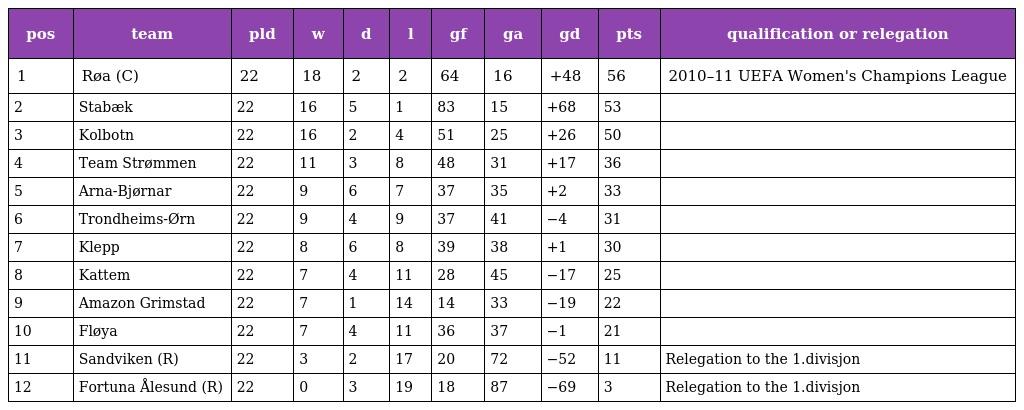
| pos | team | pld | w | d | l | gf | ga | gd | pts | qualification or relegation |
 | --- | --- | --- | --- | --- | --- | --- | --- | --- | --- | --- |
 | 1 | Røa (C) | 22 | 18 | 2 | 2 | 64 | 16 | +48 | 56 | 2010–11 UEFA Women's Champions League |
 | 2 | Stabæk | 22 | 16 | 5 | 1 | 83 | 15 | +68 | 53 |  |
 | 3 | Kolbotn | 22 | 16 | 2 | 4 | 51 | 25 | +26 | 50 |  |
 | 4 | Team Strømmen | 22 | 11 | 3 | 8 | 48 | 31 | +17 | 36 |  |
 | 5 | Arna-Bjørnar | 22 | 9 | 6 | 7 | 37 | 35 | +2 | 33 |  |
 | 6 | Trondheims-Ørn | 22 | 9 | 4 | 9 | 37 | 41 | −4 | 31 |  |
 | 7 | Klepp | 22 | 8 | 6 | 8 | 39 | 38 | +1 | 30 |  |
 | 8 | Kattem | 22 | 7 | 4 | 11 | 28 | 45 | −17 | 25 |  |
 | 9 | Amazon Grimstad | 22 | 7 | 1 | 14 | 14 | 33 | −19 | 22 |  |
 | 10 | Fløya | 22 | 7 | 4 | 11 | 36 | 37 | −1 | 21 |  |
 | 11 | Sandviken (R) | 22 | 3 | 2 | 17 | 20 | 72 | −52 | 11 | Relegation to the 1.divisjon |
 | 12 | Fortuna Ålesund (R) | 22 | 0 | 3 | 19 | 18 | 87 | −69 | 3 | Relegation to the 1.divisjon |